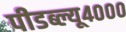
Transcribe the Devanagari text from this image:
पीडब्ल्यू४०००